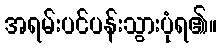
အရမ်းပင်ပန်းသွားပုံရ၏။